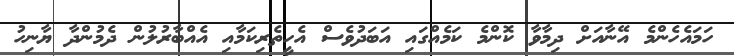
ހަމައެހެންމެ އޭނާއަށް ދިމާވާ ކޮންމެ ކަމެއްގައި އަބަދުވެސް އެހީތެރިކަމާއި އެއްބާރުލުން ދެމުންދާ ޔާނިހު